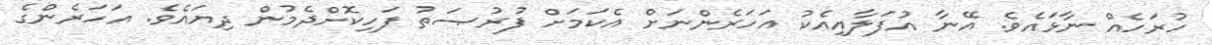
ހުރަހެއް ނާޅައެވެ. އޭނާ އުފަލާއިއެކު އަހަރެންނަށް އެކަމަށް ފުރުޞަތު ފަހިކޮށްދެމުން ދިޔައެވެ. އަހަރެންގެ